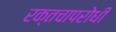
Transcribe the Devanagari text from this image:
रक्तचापरोधी